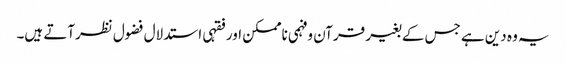
یہ وہ دین ہے جس کے بغیر قرآن وفہمی ناممکن اور فقہی استدلال فضول نظرآتے ہیں۔